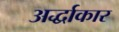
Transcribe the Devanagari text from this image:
अर्द्धाकार